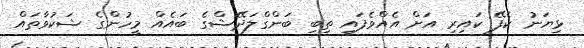
ޅިޔަނު ކެފޭ ކައިރި އަށް އެއްވެފައި ތިބި ބަންގްލަދޭޝްގެ ބައެއް މީހުންގެ ޝަކުވާތައް